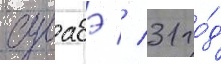
сувабэ // 31 го́д